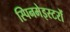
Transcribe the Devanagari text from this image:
स्पिनमेइस्टरों